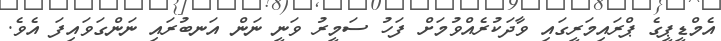
އެމްޑީޕީގެ ޕްރައިމަރީގައި ވާދަކުރެއްވުމަށް ފަހު ސަމީރު ވަނީ ނަން އަނބުރައި ނަންގަވައިފަ އެވެ.